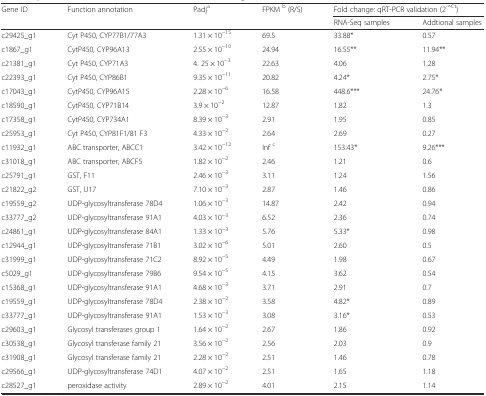
<table><thead><tr><td rowspan="2"><b>Gene ID</b></td><td rowspan="2"><b>Function annotation</b></td><td rowspan="2"><b>Padj<sup>a</sup></b></td><td rowspan="2"><b>FPKM <sup>b</sup> (R/S)</b></td><td colspan="2"><b>Fold change: qRT-PCR validation (2<sup>-△Ct</sup>)</b></td></tr><tr><td><b>RNA-Seq samples</b></td><td><b>Addtional samples</b></td></tr></thead><tbody><tr><td>c29425_g1</td><td>Cyt P450, CYP77B1/77A3</td><td>1.31 × 10<sup>−15</sup></td><td>69.5</td><td>33.88*</td><td>0.57</td></tr><tr><td>c1867_g1</td><td>CytP450, CYP96A13</td><td>2.55 × 10<sup>−10</sup></td><td>24.94</td><td>16.55**</td><td>11.94**</td></tr><tr><td>c21381_g1</td><td>Cyt P450, CYP71A3</td><td>4. 25 × 10<sup>−3</sup></td><td>22.63</td><td>4.06</td><td>1.28</td></tr><tr><td>c22393_g1</td><td>Cyt P450, CYP86B1</td><td>9.35 × 10<sup>−11</sup></td><td>20.82</td><td>4.24*</td><td>2.75*</td></tr><tr><td>c17043_g1</td><td>CytP450, CYP96A15</td><td>2.28 × 10<sup>−6</sup></td><td>16.58</td><td>448.6***</td><td>24.76*</td></tr><tr><td>c18590_g1</td><td>CytP450, CYP71B14</td><td>3.9 × 10<sup>−2</sup></td><td>12.87</td><td>1.82</td><td>1.3</td></tr><tr><td>c17358_g1</td><td>CytP450, CYP734A1</td><td>8.39 × 10<sup>−3</sup></td><td>2.91</td><td>1.95</td><td>0.85</td></tr><tr><td>c25953_g1</td><td>Cyt P450, CYP81F1/81 F3</td><td>4.33 × 10<sup>−2</sup></td><td>2.64</td><td>2.69</td><td>0.27</td></tr><tr><td>c11932_g1</td><td>ABC transporter, ABCC1</td><td>3.42 × 10<sup>−12</sup></td><td>Inf <sup>c</sup></td><td>153.43*</td><td>9.26***</td></tr><tr><td>c31018_g1</td><td>ABC transporter, ABCF5</td><td>1.82 × 10<sup>−2</sup></td><td>2.46</td><td>1.21</td><td>0.6</td></tr><tr><td>c25791_g1</td><td>GST, F11</td><td>2.46 × 10<sup>−3</sup></td><td>3.11</td><td>1.24</td><td>1.56</td></tr><tr><td>c21822_g2</td><td>GST, U17</td><td>7.10 × 10<sup>−3</sup></td><td>2.87</td><td>1.46</td><td>0.86</td></tr><tr><td>c19559_g2</td><td>UDP-glycosyltransferase 78D4</td><td>1.06 × 10<sup>−3</sup></td><td>14.87</td><td>2.42</td><td>0.94</td></tr><tr><td>c33777_g2</td><td>UDP-glycosyltransferase 91A1</td><td>4.03 × 10<sup>−3</sup></td><td>6.52</td><td>2.36</td><td>0.74</td></tr><tr><td>c24861_g1</td><td>UDP-glycosyltransferase 84A1</td><td>1.33 × 10<sup>−3</sup></td><td>5.76</td><td>5.33*</td><td>0.98</td></tr><tr><td>c12944_g1</td><td>UDP-glycosyltransferase 71B1</td><td>3.02 × 10<sup>−6</sup></td><td>5.01</td><td>2.60</td><td>0.5</td></tr><tr><td>c31999_g1</td><td>UDP-glycosyltransferase 71C2</td><td>8.92 × 10<sup>−5</sup></td><td>4.49</td><td>1.98</td><td>0.67</td></tr><tr><td>c5029_g1</td><td>UDP-glycosyltransferase 79B6</td><td>9.54 × 10<sup>−5</sup></td><td>4.15</td><td>3.62</td><td>0.54</td></tr><tr><td>c15368_g1</td><td>UDP-glycosyltransferase 91A1</td><td>4.68 × 10<sup>−3</sup></td><td>3.71</td><td>2.91</td><td>0.7</td></tr><tr><td>c19559_g1</td><td>UDP-glycosyltransferase 78D4</td><td>2.38 × 10<sup>−2</sup></td><td>3.58</td><td>4.82*</td><td>0.89</td></tr><tr><td>c33777_g1</td><td>UDP-glycosyltransferase 91A1</td><td>1.53 × 10<sup>−3</sup></td><td>3.08</td><td>3.16*</td><td>0.53</td></tr><tr><td>c29603_g1</td><td>Glycosyl transferases group 1</td><td>1.64 × 10<sup>−2</sup></td><td>2.67</td><td>1.86</td><td>0.92</td></tr><tr><td>c30538_g1</td><td>Glycosyl transferase family 21</td><td>3.56 × 10<sup>−2</sup></td><td>2.56</td><td>2.03</td><td>0.9</td></tr><tr><td>c31908_g1</td><td>Glycosyl transferase family 21</td><td>2.28 × 10<sup>−2</sup></td><td>2.51</td><td>1.46</td><td>0.78</td></tr><tr><td>c29566_g1</td><td>UDP-glycosyltransferase 74D1</td><td>4.07 × 10<sup>−2</sup></td><td>2.51</td><td>1.65</td><td>1.18</td></tr><tr><td>c28527_g1</td><td>peroxidase activity</td><td>2.89 × 10<sup>−2</sup></td><td>4.01</td><td>2.15</td><td>1.14</td></tr></tbody></table>